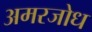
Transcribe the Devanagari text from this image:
अमरजोध